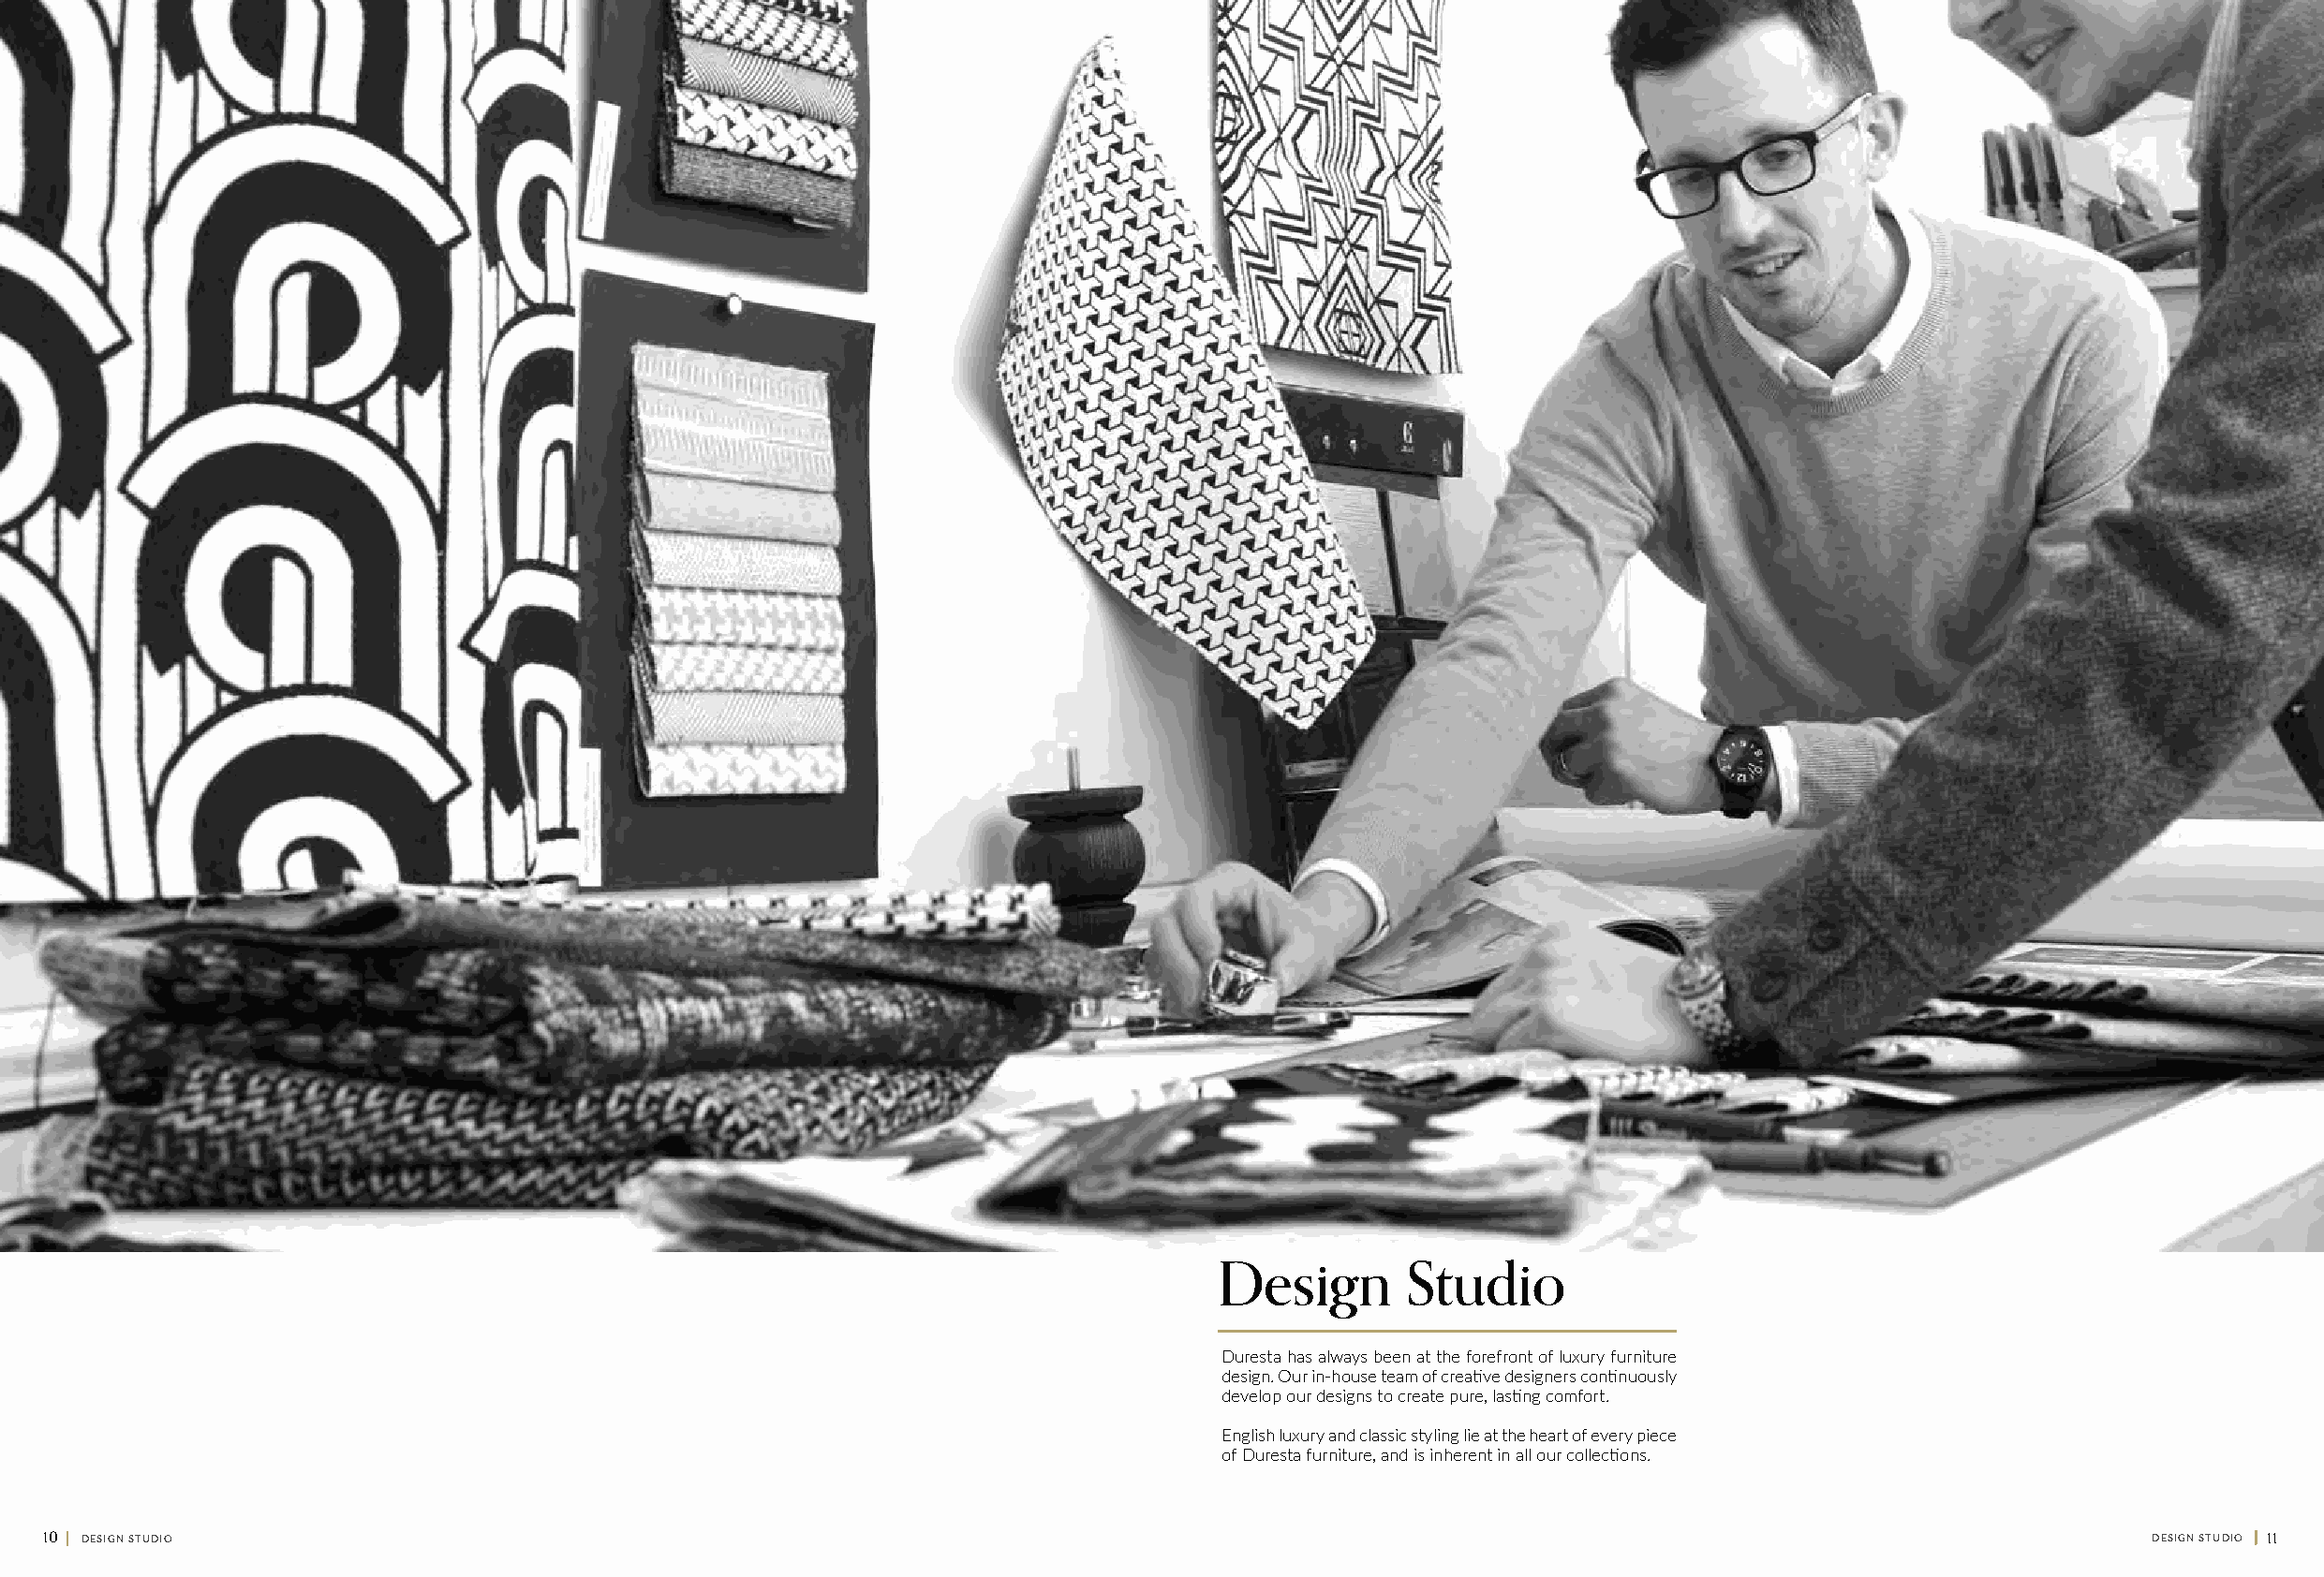
Design       Studio
 Duresta has always been at the forefront of luxury furniture
 design. Our in-house team of creative designers continuously
 develop our designs to create pure, lasting comfort.
 English luxury and classic styling lie at the heart of every piece
 of Duresta furniture, and is inherent in all our collections.
 10 || DESIGN STUDIO                                                                                                                                  DESIGN STUDIO || 11